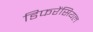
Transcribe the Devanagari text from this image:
डिफरेंसियल